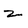
Character: z